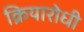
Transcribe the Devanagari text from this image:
क्रियारोधी